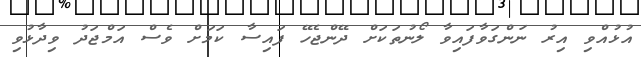
އުޅުއްވި އިރު ނަންގަވާފައިވާ ލޯނުތަކަށް ދޭންޖެހޭ ފައިސާ ކަމަށް ވެސް އަމްޖަދު ވިދާޅުވި